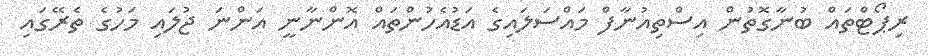
ރިޕޯޓްތައް ބުނާގޮތުން އިސްތިއުނާފް މައްސަލައިގެ އަޑުއެހުންތައް އޮންނާނީ އަންނަ ޖުލައި މަހުގެ ތެރޭގައިި